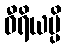
ဝီရိယမ္ပိ